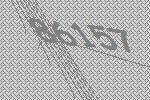
86157